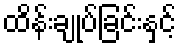
ထိန်းချုပ်ခြင်းနှင့်